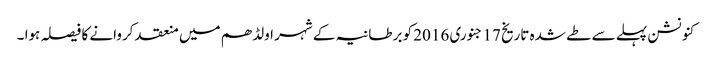
کنونشن پہلے سے طے شدہ تاریخ 17 جنوری 2016 کو برطانیہ کے شہر اولڈھم میں منعقد کروانے کا فیصلہ ہوا ۔